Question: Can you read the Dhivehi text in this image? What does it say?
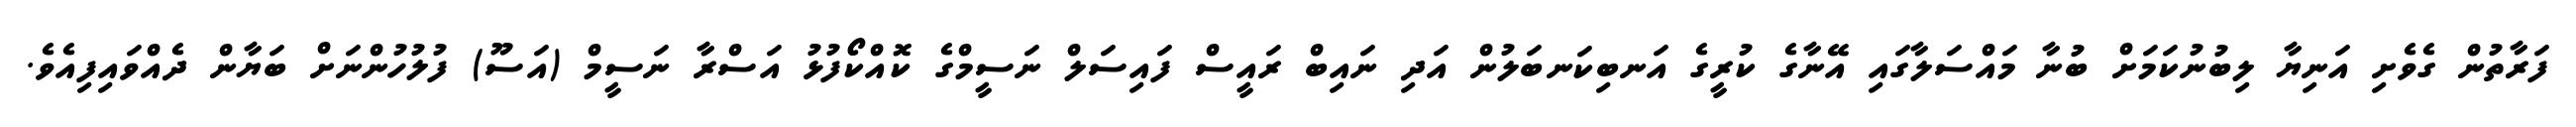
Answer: ފަރާތުން ގެވެށި އަނިޔާ ލިބުނުކަމަށް ބުނާ މައްސަލާގައި އޭނާގެ ކުރީގެ އަނބިކަނބަލުން އަދި ނައިބް ރައީސް ފައިސަލް ނަސީމްގެ ކޮއްކޯފުޅު އަސްރާ ނަސީމް (އަސޫ) ފުލުހުންނަށް ބަޔާން ދެއްވައިފިއެވެ.